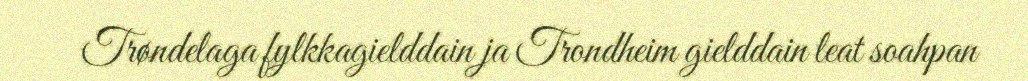
Trøndelaga fylkkagielddain ja Trondheim gielddain leat soahpan